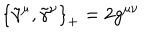
LaTeX: \left\{ { \tilde { \gamma } } ^ { \mu } , \tilde { \gamma } ^ { \nu } \right\} _ { + } = 2 g ^ { \mu \nu }